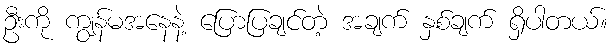
ဦးကို ကျွန်မအနေနဲ့ ပြောပြချင်တဲ့ အချက် နှစ်ချက် ရှိပါတယ်။